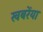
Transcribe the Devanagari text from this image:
खबरेंया